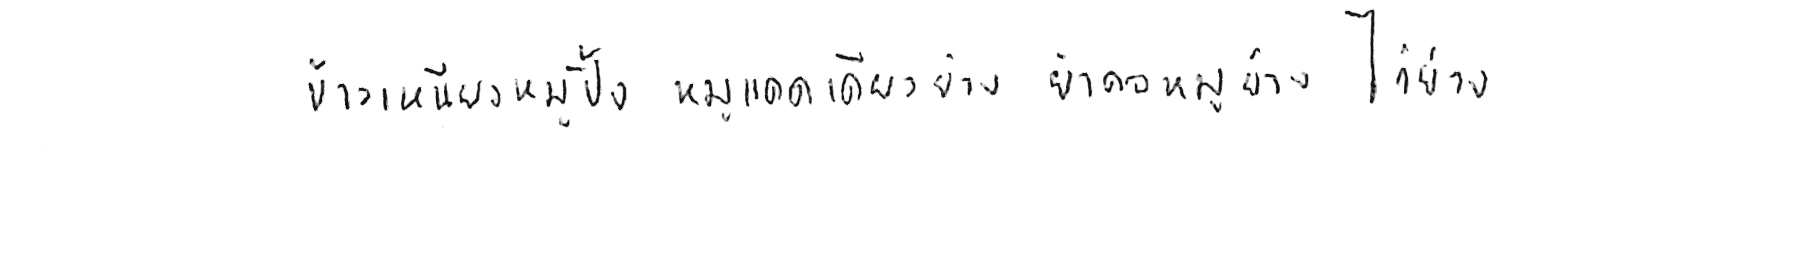
ข้าวเหนียวหมูปิ้ง หมูแดดเดียวย่าง ยำคอหมูย่าง ไก่ย่าง